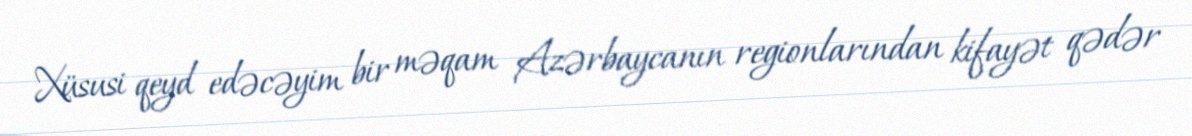
Xüsusi qeyd edəcəyim bir məqam Azərbaycanın regionlarından kifayət qədər